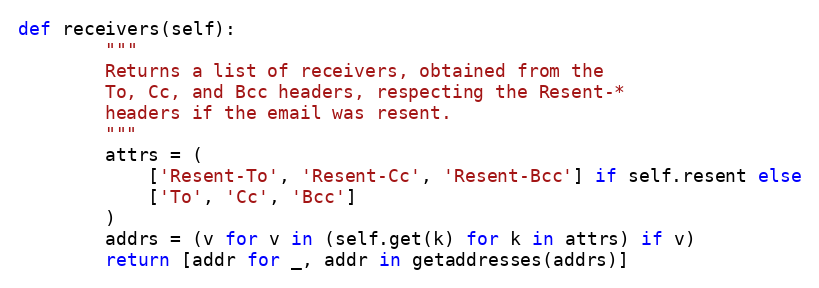
Language: Python
def receivers(self):
        """
        Returns a list of receivers, obtained from the
        To, Cc, and Bcc headers, respecting the Resent-*
        headers if the email was resent.
        """
        attrs = (
            ['Resent-To', 'Resent-Cc', 'Resent-Bcc'] if self.resent else
            ['To', 'Cc', 'Bcc']
        )
        addrs = (v for v in (self.get(k) for k in attrs) if v)
        return [addr for _, addr in getaddresses(addrs)]